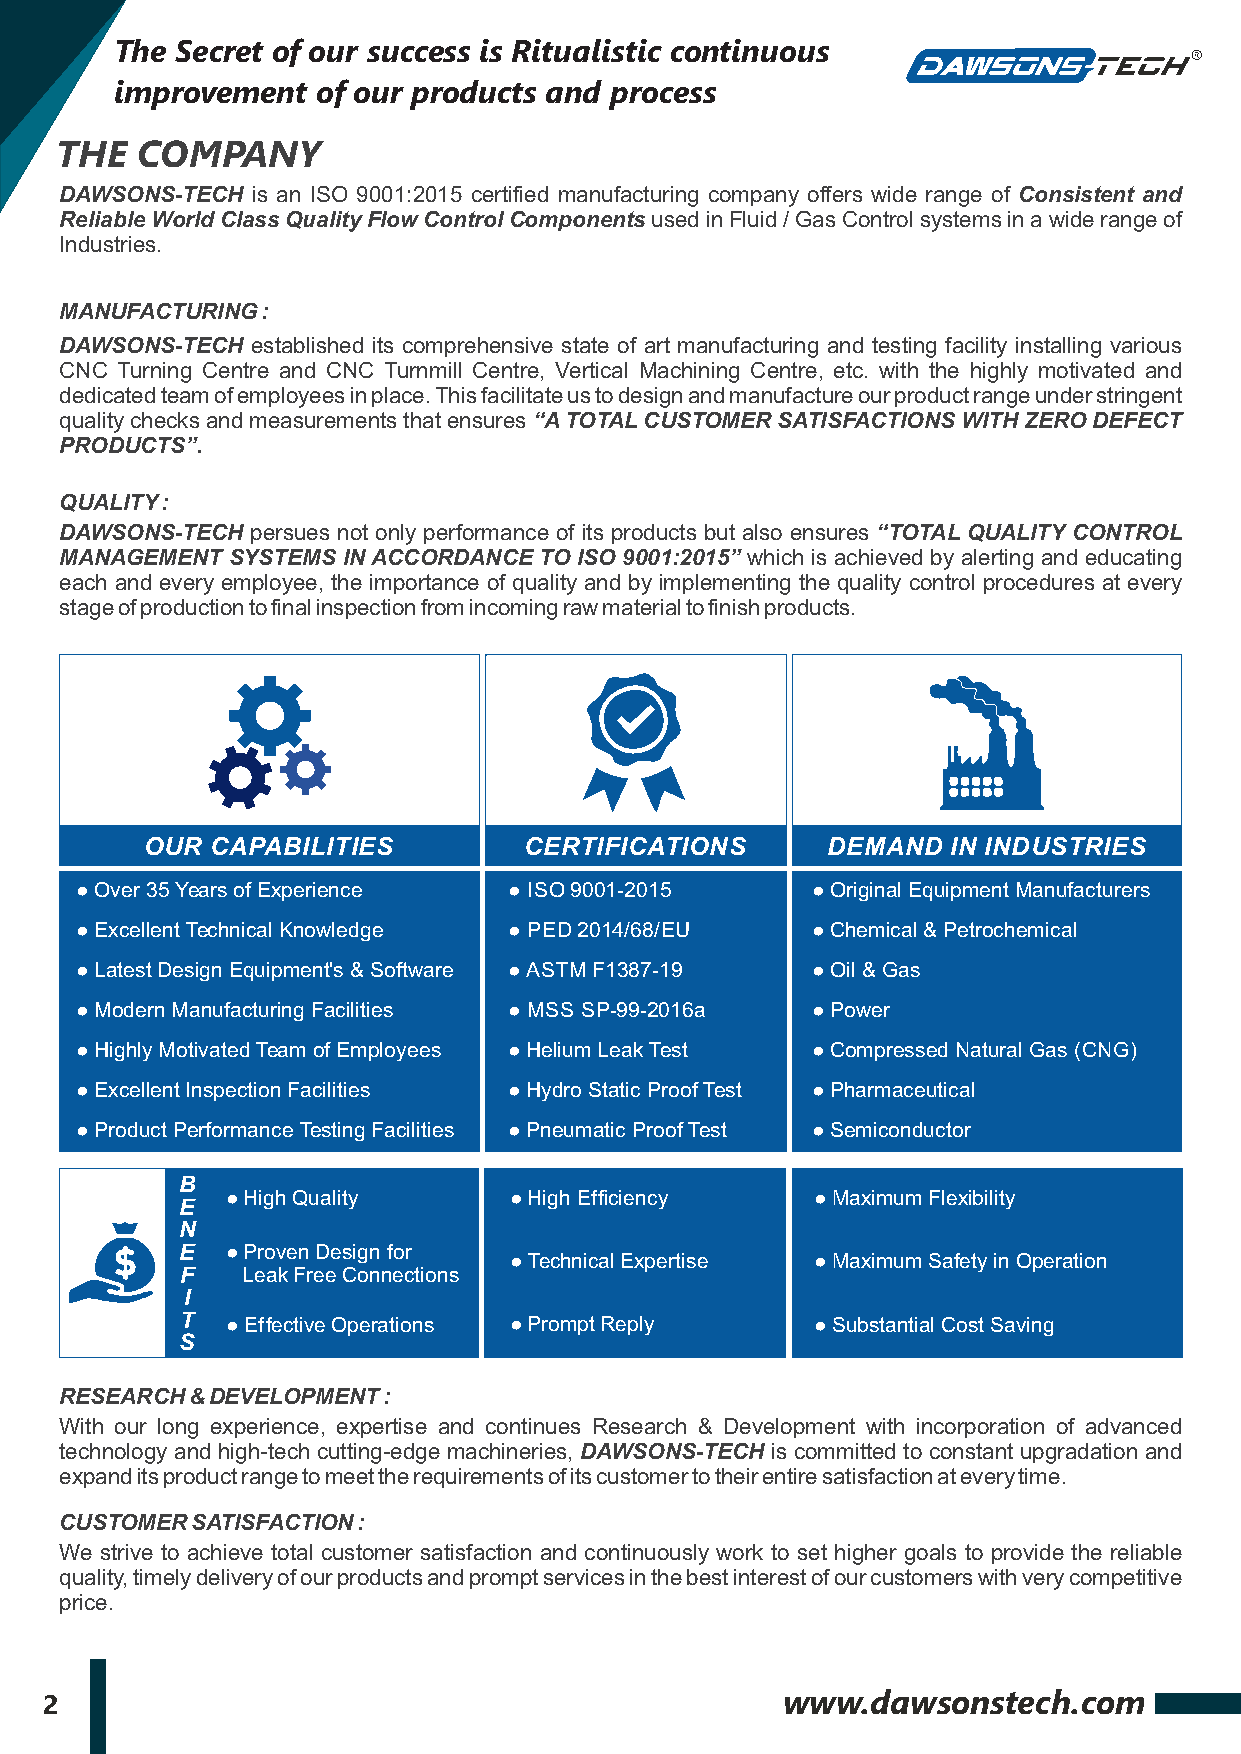
The Secret of our success is Ritualistic continuous
 improvement  of our products and process
 THE  COMPANY
 DAWSONS-TECH is an ISO 9001:2015 certified manufacturing company offers wide range of Consistent and
 Reliable World Class Quality Flow Control Components used in Fluid / Gas Control systems in a wide range of
 Industries.
 MANUFACTURING :
 DAWSONS-TECH established its comprehensive state of art manufacturing and testing facility installing various
 CNC Turning Centre and CNC Turnmill Centre, Vertical Machining Centre, etc. with the highly motivated and
 dedicated team of employees in place. This facilitate us to design and manufacture our product range under stringent
 quality checks and measurements that ensures “A TOTAL CUSTOMER SATISFACTIONS WITH ZERO DEFECT
 PRODUCTS”.
 QUALITY :
 DAWSONS-TECH persues not only performance of its products but also ensures “TOTAL QUALITY CONTROL
 MANAGEMENT SYSTEMS IN ACCORDANCE TO ISO 9001:2015” which is achieved by alerting and educating
 each and every employee, the importance of quality and by implementing the quality control procedures at every
 stage of production to final inspection from incoming raw material to finish products.
 OUR CAPABILITIES         CERTIFICATIONS      DEMAND  IN INDUSTRIES
 ● Over 35 Years of Experience ● ISO 9001-2015    ● Original Equipment Manufacturers
 ● Excellent Technical Knowledge ● PED 2014/68/EU ● Chemical & Petrochemical
 ● Latest Design Equipment's & Software ● ASTM F1387-19 ● Oil & Gas
 ● Modern Manufacturing Facilities ● MSS SP-99-2016a ● Power
 ● Highly Motivated Team of Employees ● Helium Leak Test ● Compressed Natural Gas (CNG)
 ● Excellent Inspection Facilities ● Hydro Static Proof Test ● Pharmaceutical
 ● Product Performance Testing Facilities ● Pneumatic Proof Test ● Semiconductor
 B
 ● High Quality     ● High Ef ficiency  ● Maximum Flexibility
 E
 N
 E  ● Proven Design for
 ● Technical Expertise ● Maximum Safety in Operation
 F   Leak Free Connections
 I
 T  ● Ef fective Operations ● Prompt Reply ● Substantial Cost Saving
 S
 RESEARCH & DEVELOPMENT :
 With our long experience, expertise and continues Research & Development with incorporation of advanced
 technology and high-tech cutting-edge machineries, DAWSONS-TECH is committed to constant upgradation and
 expand its product range to meet the requirements of its customer to their entire satisfaction at every time.
 CUSTOMER SATISFACTION :
 We strive to achieve total customer satisfaction and continuously work to set higher goals to provide the reliable
 quality, timely delivery of our products and prompt services in the best interest of our customers with very competitive
 price.
 2                                                www.dawsonstech.com